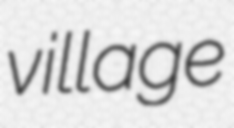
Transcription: village